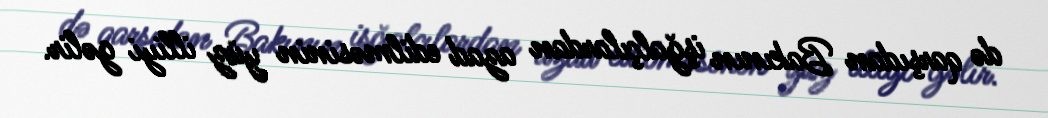
də qarşıdan Bakının işğalçılardan azad edilməsinin yüz illiyi gəlir.